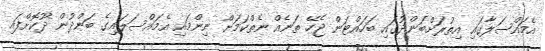
އެމައްސަލާގައި އިތުރަށްބަންދުގައި ބަހައްޓަން ޖެހޭ ތަނެއް ނެތްކަމަށް ނިންމައި އެމައްސަލައިގެ ބަންދުން ދޫކޮށްފައި